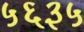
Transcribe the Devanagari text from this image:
५६३५